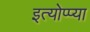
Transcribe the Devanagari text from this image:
इत्योप्प्या